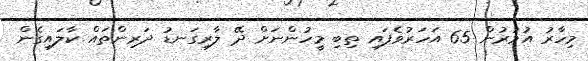
މިހާރު އުުމުރުން 65 އަހަރުވެފައި ތިބި މީހުންނަށް ދޭ ލާރިގަނޑު ދަރިންތައް ކާލައިގެން